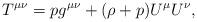
LaTeX: \begin{align*}T^{\mu\nu}= p g^{\mu\nu} + (\rho +p)U^\mu U^\nu ,\end{align*}